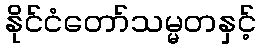
နိုင်ငံတော်သမ္မတနှင့်